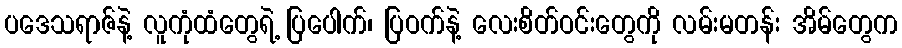
ပဒေသရာဇ်နဲ့ လူကုံထံတွေရဲ့ ပြပေါက်၊ ပြဝက်နဲ့ လေးစိတ်ဝင်းတွေကို လမ်းမတန်း အိမ်တွေက